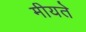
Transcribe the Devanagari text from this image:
मीयते